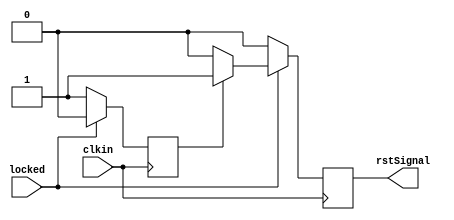
module resetLogic(clkin, locked, rstSignal);

input clkin, locked;
output reg rstSignal;

reg once;
always @(posedge clkin)
begin
	if (~locked)
	begin
		rstSignal = 0;
		once = 1;
	end
	else
	begin
		if (once)
		begin
			rstSignal = 1;
			once = 0;
		end
		else
			rstSignal = 0;	
	end
end


endmodule